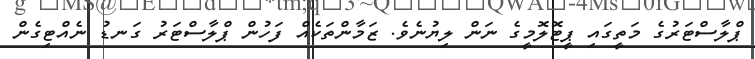
ޕްލާސްޓަރުގެ މަތީގައި ޕީޓޮލޮމީގެ ނަން ލިޔުނެވެ. ޒަމާންތަކެއް ފަހުން ޕްލާސްޓަރު ގަނޑު ނެއްޓިގެން